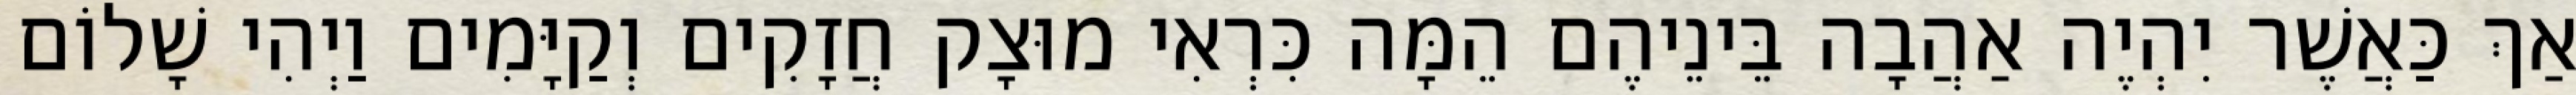
אַךְ כַּאֲשֶׁר יִהְיֶה אַהֲבָה בֵּינֵיהֶם הֵמָּה כִּרְאִי מוּצָק חֲזָקִים וְקַיָּמִים וַיְהִי שָׁלוֹם